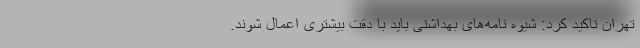
تهران تاکید کرد: شیوه نامه‌های بهداشتی باید با دقت بیشتری اعمال شوند.